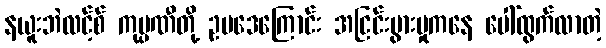
နယူးဘဲလင့်စ် ကုမ္ပဏီတို့ ဥပဒေကြောင်း အငြင်းပွားမှုကနေ ပေါ်ထွက်လာတဲ့